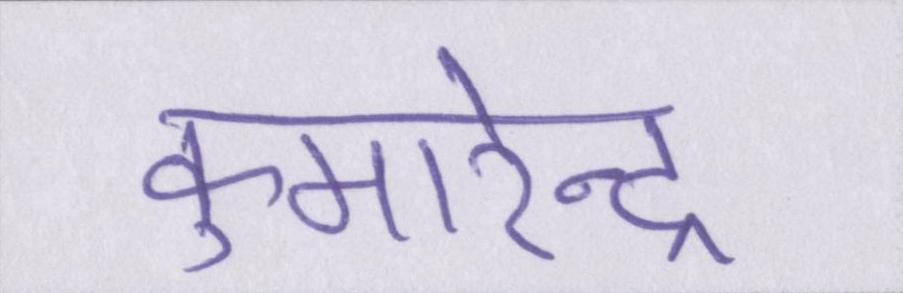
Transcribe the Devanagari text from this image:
कुमारेन्द्र